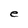
Character: e